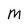
Character: M